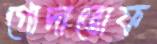
গোদাতোফ